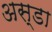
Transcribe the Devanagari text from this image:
अस्डा